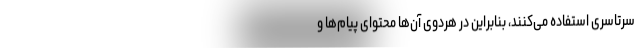
سرتاسری استفاده می‌کنند، بنابراین در هردوی آن‌ها محتوای پیام‌ها و